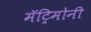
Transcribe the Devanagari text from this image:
मॅट्रिमोनी